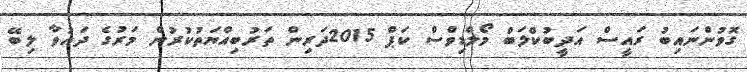
ގޮވުންނައިބު ރައީސް އަދީބުކްލަބް މޯލްޑިވްސް ކަޕް 2015ދަރިން ތަރުބިއްޔަތުކުރުން މަރުގެ ދައުވާ ލިބޭ